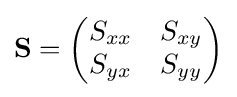
\mathbf {S} ={\begin{pmatrix}S_{xx}&S_{xy}\\S_{yx}&S_{yy}\end{pmatrix}}